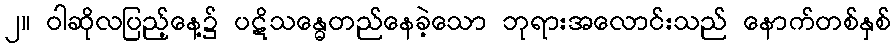
၂။ ဝါဆိုလပြည့်နေ့၌ ပဋိသန္ဓေတည်နေခဲ့သော ဘုရားအလောင်းသည် နောက်တစ်နှစ်